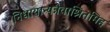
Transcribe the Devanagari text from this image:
निधायान्यन्नैवाश्रितमिह